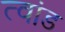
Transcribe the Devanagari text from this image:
त्वांड